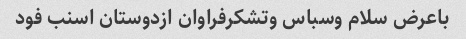
باعرض سلام وسباس وتشکرفراوان ازدوستان اسنب فود